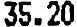
35.20